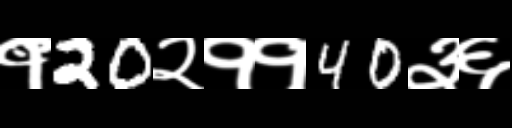
Text: १20२११40३६